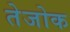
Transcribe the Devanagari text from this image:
तेजोक